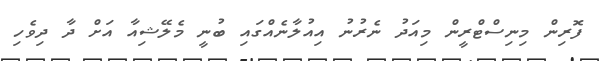
ފޮރިން މިނިސްޓްރީން މިއަދު ނެރުނު އިއުލާނެއްގައި ބުނީ މެލޭޝިއާ އަށް ދާ ދިވެހި